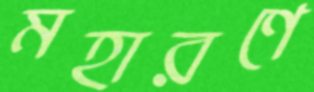
মহারণে